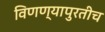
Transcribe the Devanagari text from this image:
विणण्यापुरतीच